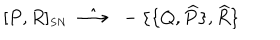
[ P , R ] _ { \scriptscriptstyle S N } \; \; \hat { \longrightarrow } \; \; - \{ \{ Q , \widehat { P } \} , \widehat { R } \}